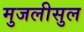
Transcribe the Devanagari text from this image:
मुजलीसुल